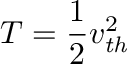
T = \frac { 1 } { 2 } v _ { \mathit { t h } } ^ { 2 }